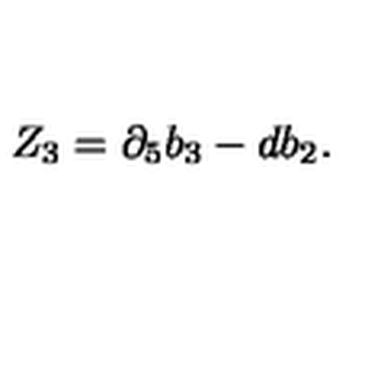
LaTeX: Z _ { 3 } = \partial _ { 5 } b _ { 3 } - d b _ { 2 } .